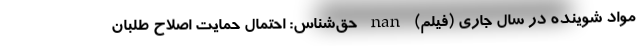
مواد شوینده در سال جاری (فیلم) nan حق‌شناس: احتمال حمایت اصلاح طلبان